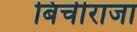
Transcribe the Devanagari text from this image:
बिचीराजा